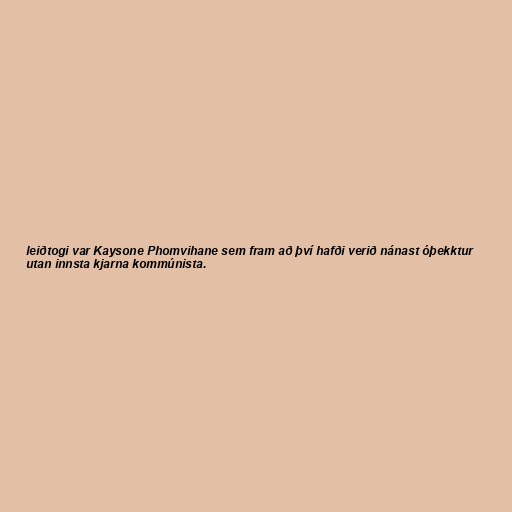
leiðtogi var Kaysone Phomvihane sem fram að því hafði verið nánast óþekktur
utan innsta kjarna kommúnista.